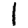
Digit: 1